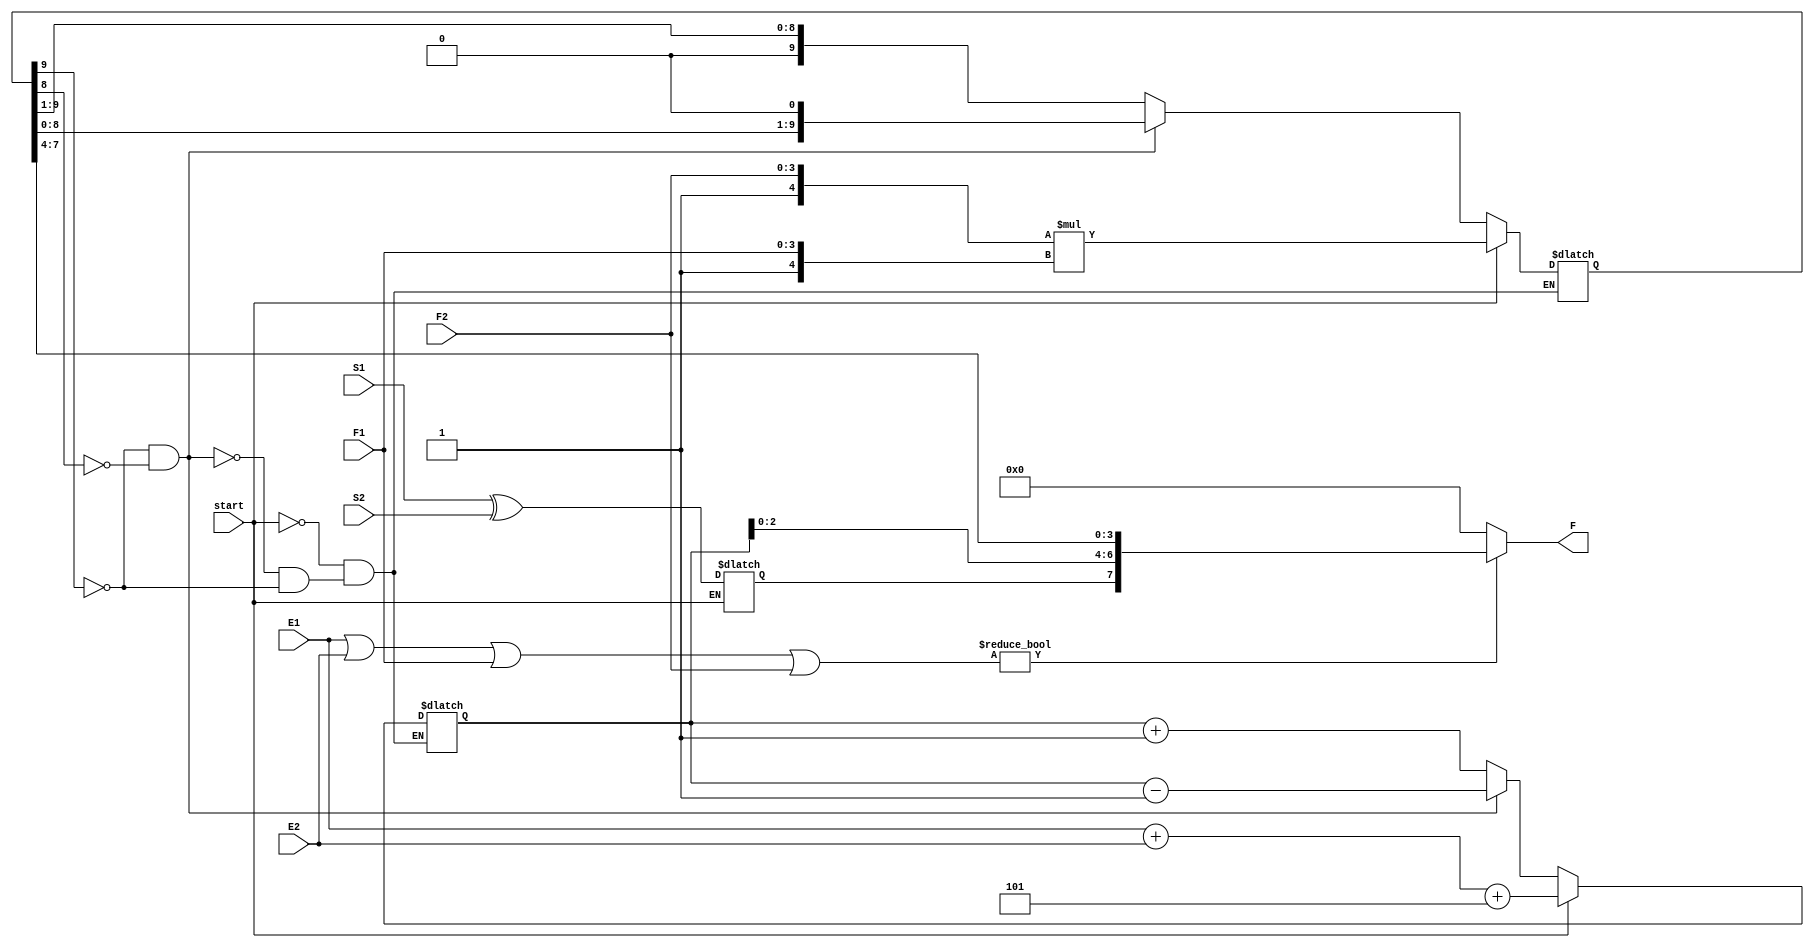
module Multiplier(
input start,
input S1,
input S2,
input [3:0] F1,
input [3:0] F2,
input [2:0] E1,
input [2:0] E2,
output [7:0] F
);

reg S;	
reg [9:0] Fout;
reg [3:0] E;

initial 
begin
S<=0;
Fout<=0;
E<=0;
end



always @(start)
begin
if(start)
begin
Fout <= {1'b1,F2}*{1'b1,F1};
E <= E1+E2+3'b101;
S<=S1^S2;
end
else
begin
	if(Fout[9])
	begin
		Fout<={1'b0,Fout[9:1]};
 		E <= E+1;
	end
	 if(~Fout[9] && ~Fout[8])
	begin
		Fout<={Fout[8:0],1'b0};
 		E <= E-1;
	end
	
end
end
assign F = (E1 | E2 | F1  |F2 ) ?   {S,E[2:0],Fout[7:4]} : 8'h00;

endmodule